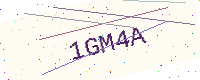
Text: 1GM4A